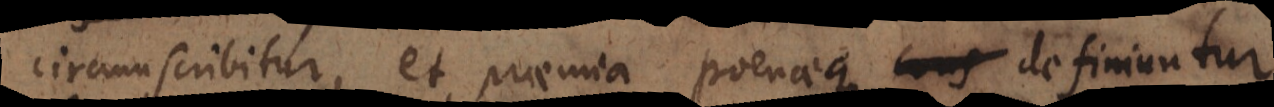
ircumscribitur, et praemia poenaeque definiuntur,